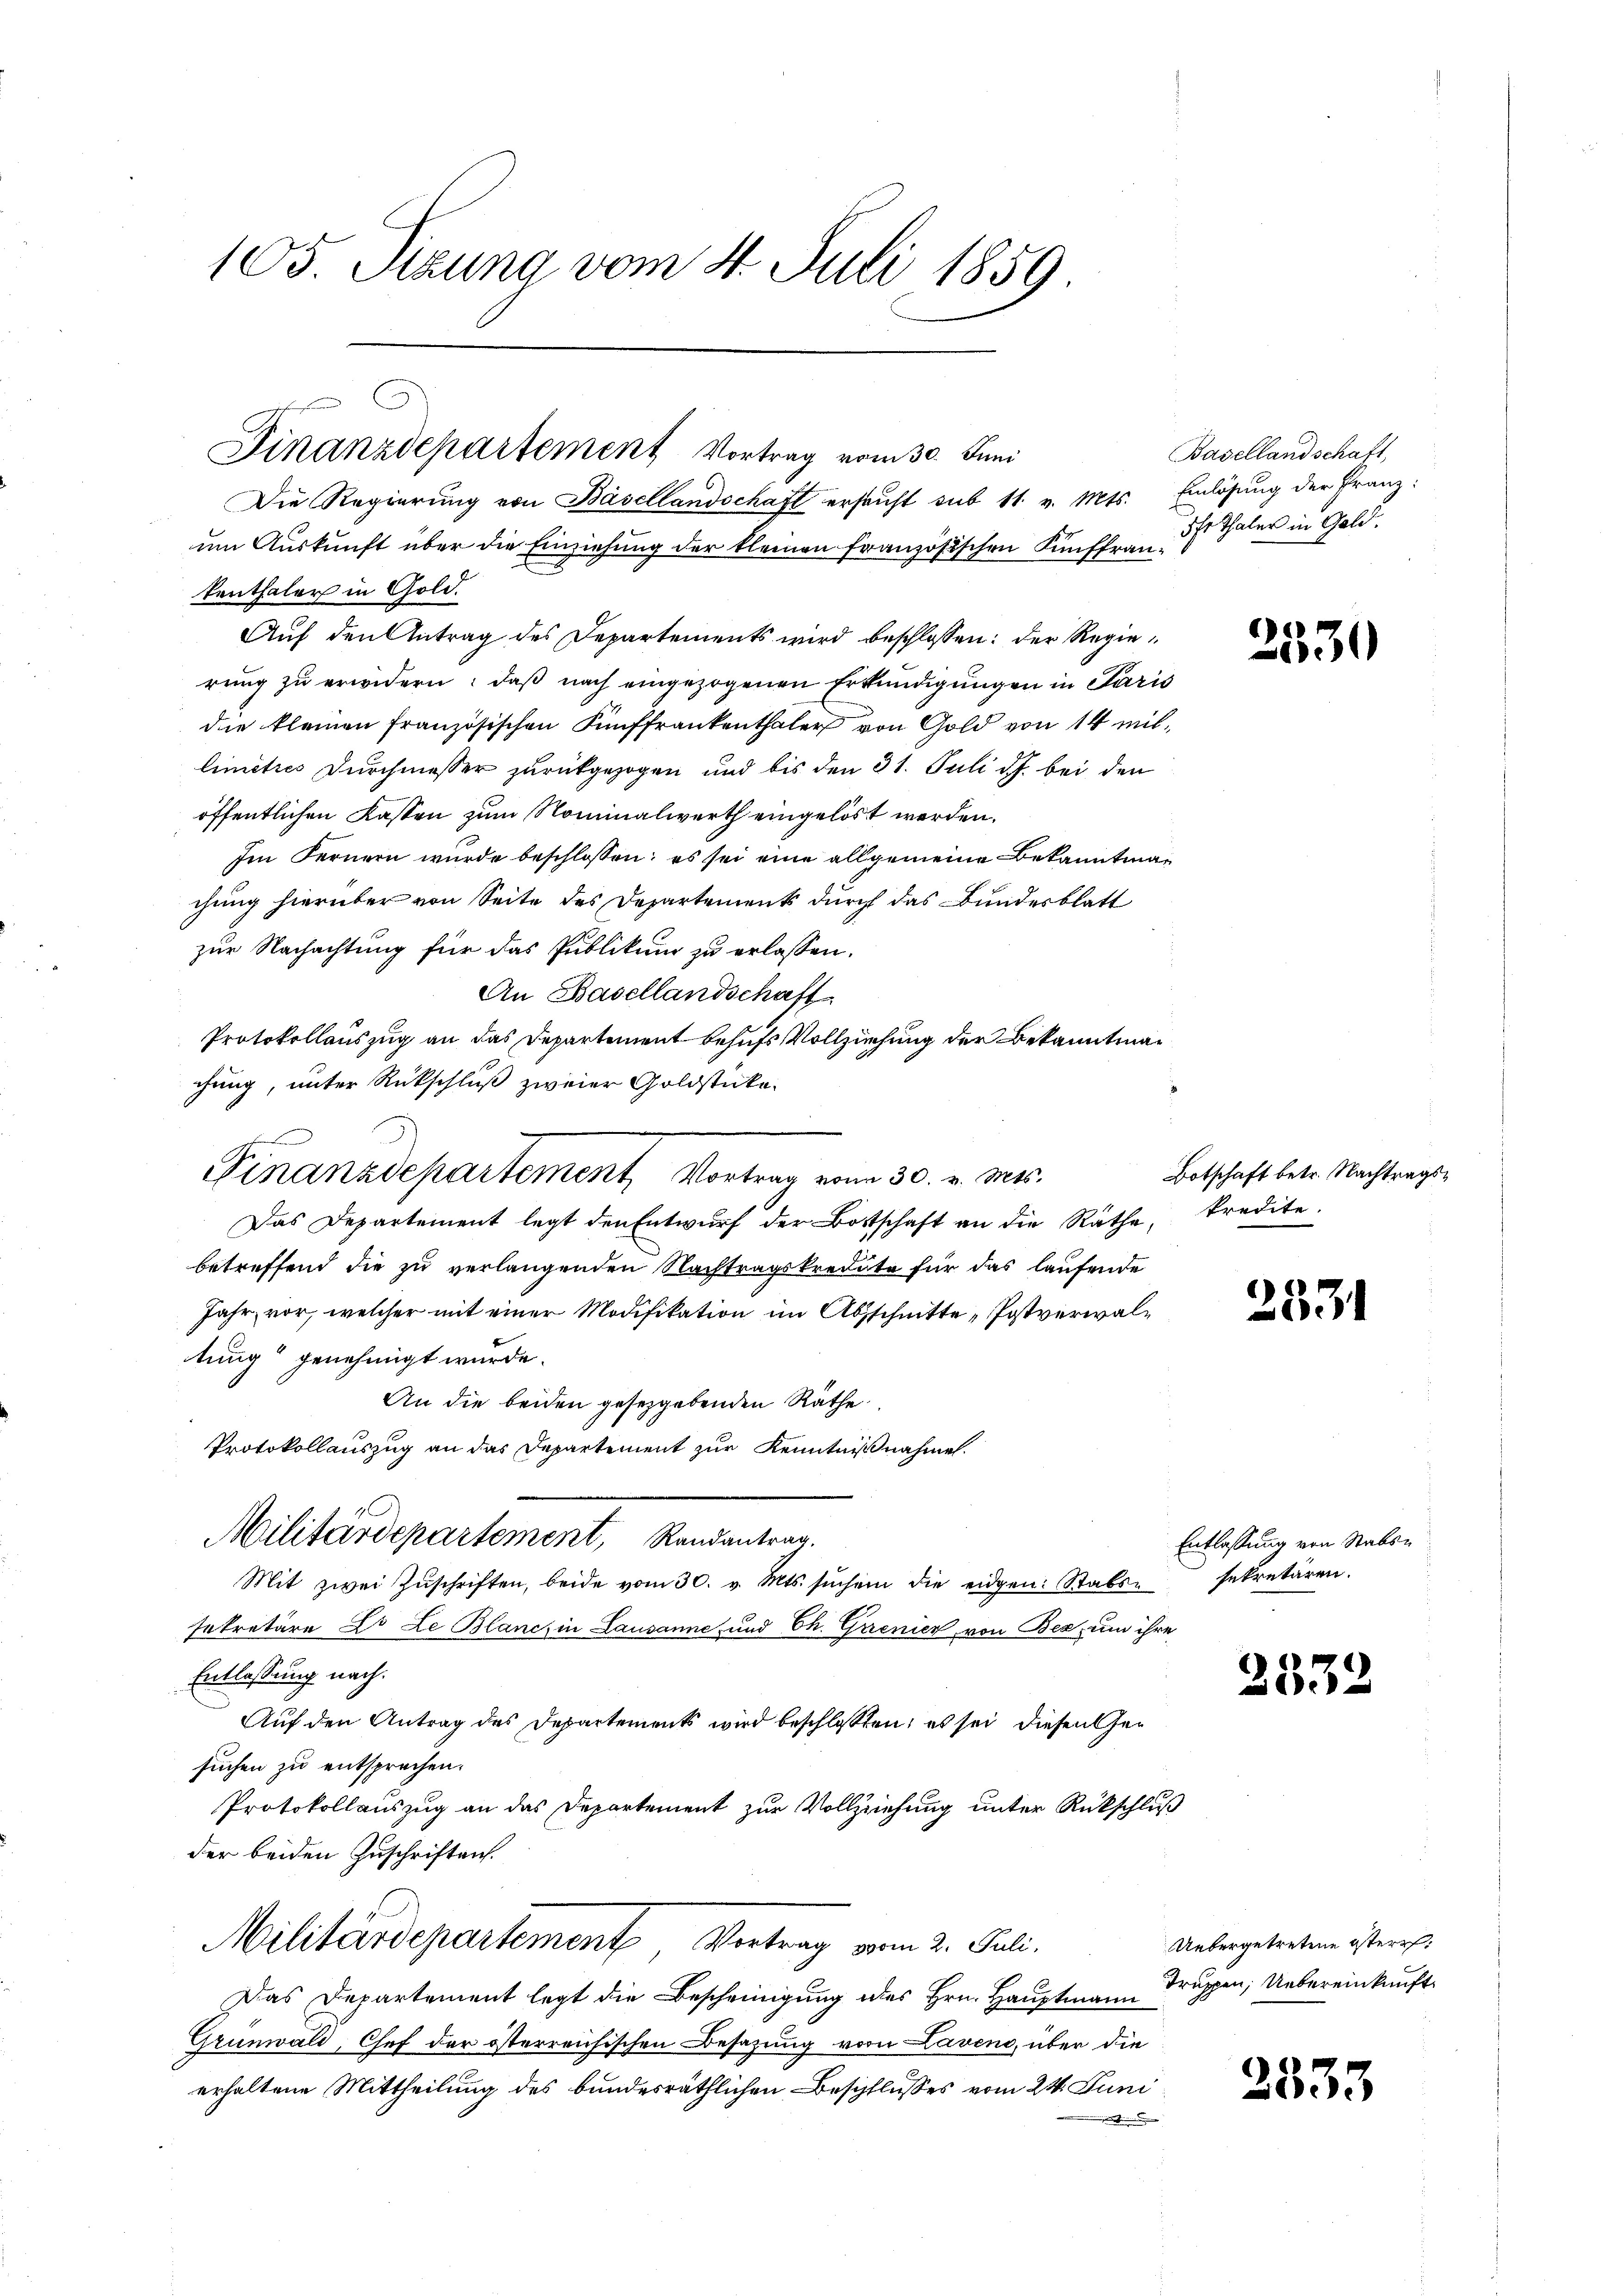
105. Stund vom 4. Juli 1859.

Finanzdepartement Vortrag vom 30. Juni

Die Regierung von Basellandschaft ersucht sub 11. v. Mts. Einlösung der Franz-
um Auskunft über die Einziehung der kleinen französischen Künffrankenthaler in Gold.
Aŭf den Antrag des Departements wird beschlossen: der Regierung zu erwidern: daß nach eingezogenen Erkundigungen in Paris
die kleinen französischen Fünffrankenthaler von Gold von 14 mitlimitres Durchmesser zurückgezogen und bis den 31. Juli d.J. bei den
öffentlichen Kassen zum Nominalwerth eingelöst werden.
Im Fernern wurde beschlossen; es sei eine allgemeine Bekanntmachung hierüber von Seite des Departements durch das Bundesblatt
zur Nachachtung für das Publikum zu erlassen.
An Basellandschaft
Protokollauszug an das Departement behufs Vollziehung der Bekanntmachung, unter Rückschluß zweier Goldstücke¬
Das Departement legt den Entwŭrf der Bottschaft an die Rathe, kredite.
betreffend die zu verlangenden Nachtragskredite für das laufende
Jahr, vor, welcher mit einer Modifikation im Abschnitte, Postverwaltung“ genehmigt wurde.
An die beiden gesetzgebenden Räthe
Protokollauszug an das Departement zur Kenntnißnahmen.
Militärdepartement, Randantrag.
Mit zwei Zŭschriften, beide vom 30. v. Mts. sŭchen die eidgen: Stabs-sekretären.
sekretäre Lo Le Blanch in Lausanne und Ch. Grenier von Bex um ihre
Entlassung nach.
Auf den Antrag des Departements wird beschlossen, es sei diesen Gesuchen zu entsprechen.
Protokollauszug an das Departement zur Vollziehung unter Rückschluß
der beiden Zuschriften.
Militärdepartement Vortrag vom 2. Juli.
Das Departement legt die Bescheinigung des Hrn. Hauptmann Truppen, Uebereinkunft¬
Grünwald, Chef der österreichischen Besazung vor Laveno, über die
erhaltene Mittheilung des bundesräthlichen Beschlusses vom 24. Juni
.

t

Finanzdepartement, Vortrag vom 30. v. Mts.

Basellandschaft,
Ihr Thaler in Geld.

2530

Botschaft betr. Nachtrags¬

2531

Entlassung von Stabs¬

2532

Uebergetretene Ester:

2333